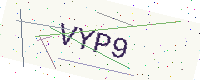
Text: VYP9